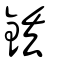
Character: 銩